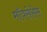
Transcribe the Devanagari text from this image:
मॉयसेसेस